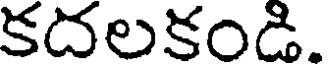
కదలకండి.